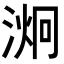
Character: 𭱞